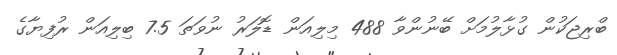
ބްރިޖަކުން ގުޅާލުމަށް ބޭނުންވާ 488 މިލިއަން ޑޮލަރު ނުވަތަ 7.5 ބިލިއަން ރުފިޔާގެ